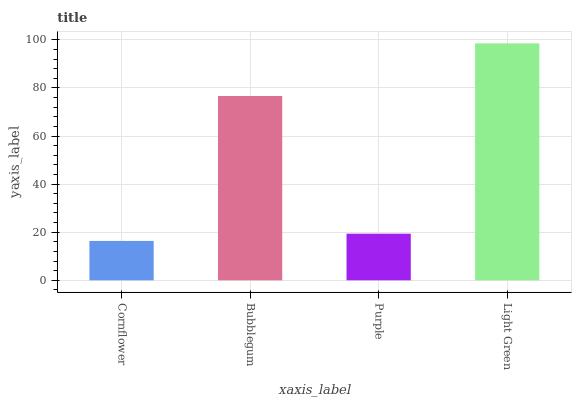
| xaxis_label | bars |
 | --- | --- |
 | Cornflower | 16.4 |
 | Bubblegum | 76.7 |
 | Purple | 19.4 |
 | Light Green | 98.6 |